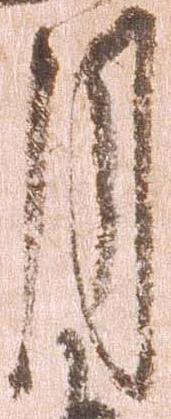
月